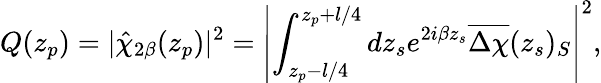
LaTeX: Q(z_{p})=|\hat{\chi}_{2\beta}(z_{p})|^{2}=\left|\int_{z_{p}-l/4}^{z_{p}+l/4}dz_{s}e^{2i\beta z_{s}}\overline{{\Delta\chi}}(z_{s})_{S}\right|^{2},